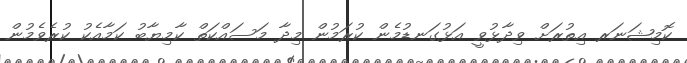
ކޮމިޝަނަރ އިތުރަށް ވިދާޅުވީ އަޅުގަނޑުމެން ކުރަމުން މިދާ މަސައްކަތް ކާމިޔާބު ކަމާއެކު ކުރެވެމުން